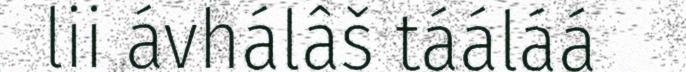
lii ávhálâš tááláá